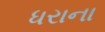
ધરાના